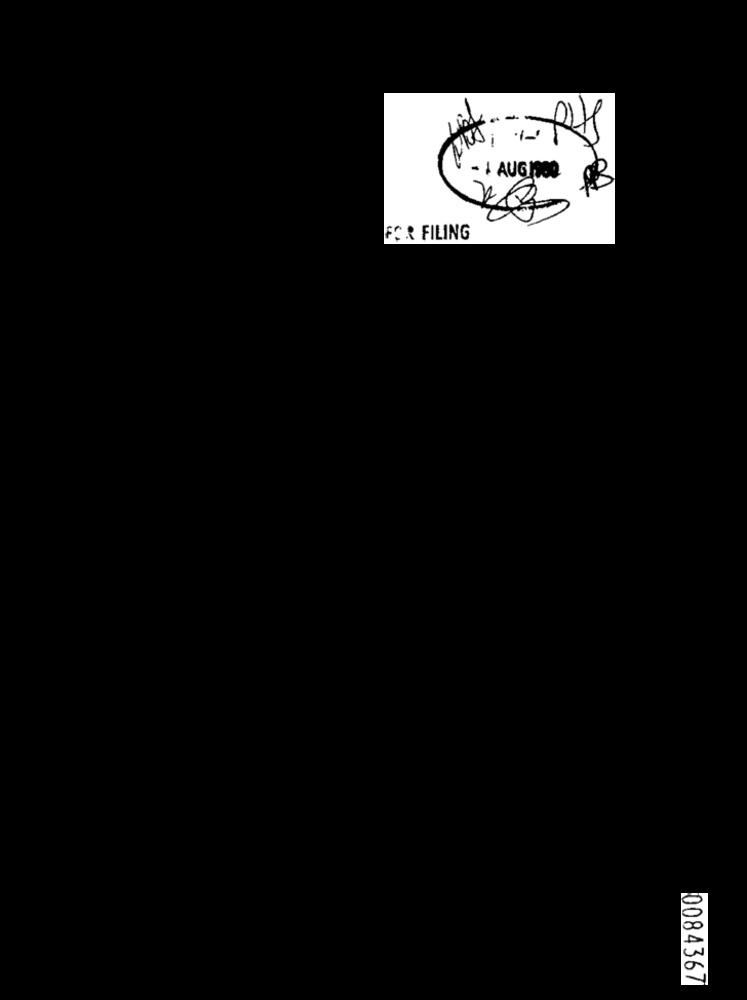
-
- I AUGIOR
FOR FILING
0084367